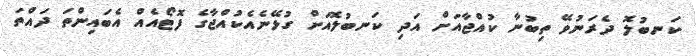
ކަނބުލޮ ދެރަނުވޭ ތިބުނާ ކުއްޖާއަށް އަދި ކަނބުލޮއަށް ގުޅޭނެއެކުއްޖާގެ ފޮޓޯއެއް އެބައިންތަ ދައްތަ